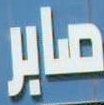
صابر